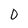
Character: 0